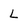
Character: L